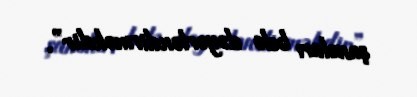
şansları belə dəyərləndirməkdir”.